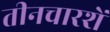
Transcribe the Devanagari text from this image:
तीनचारशें